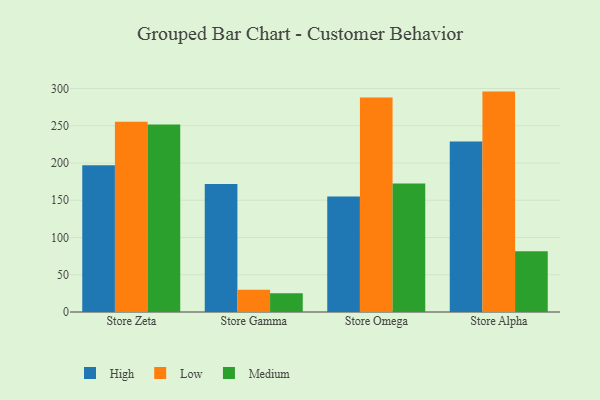
{"axis": {"x": "Store", "y": "Budget (USD K)"}, "legend": ["High", "Low", "Medium"], "data": [{"x": "Store Zeta", "y": 197.1, "type": "High"}, {"x": "Store Zeta", "y": 255.5, "type": "Low"}, {"x": "Store Zeta", "y": 251.8, "type": "Medium"}, {"x": "Store Gamma", "y": 171.8, "type": "High"}, {"x": "Store Gamma", "y": 30.0, "type": "Low"}, {"x": "Store Gamma", "y": 25.3, "type": "Medium"}, {"x": "Store Omega", "y": 154.9, "type": "High"}, {"x": "Store Omega", "y": 287.8, "type": "Low"}, {"x": "Store Omega", "y": 172.4, "type": "Medium"}, {"x": "Store Alpha", "y": 228.7, "type": "High"}, {"x": "Store Alpha", "y": 295.8, "type": "Low"}, {"x": "Store Alpha", "y": 81.5, "type": "Medium"}]}